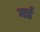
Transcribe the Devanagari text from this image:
नर्ड